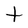
Character: t